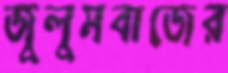
জুলুমবাজের